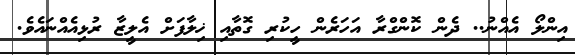
އިންލޯ އެއްނު.. ދެން ކޮންގްރާ އަހަރެން ހީކުރި ގޮތާއި ޚިލާފަށް އެލީޒާ ރުޅިއެއްނައެވެ.